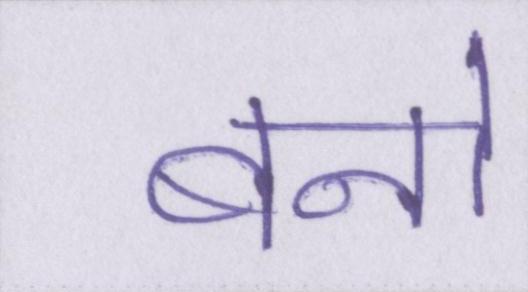
बनो